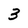
Character: 3